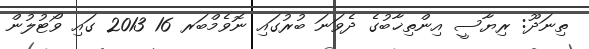
ތިނަދޫ: ރިޔާސީ އިންތިޚާބުގެ ދެވަނަ ބުރުގައި ނޮވެމްބަރ 16 2013 ގައި ވޯޓުލުން